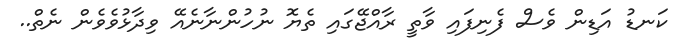
ކަނޑު އަޑިން ވެސް ފެނިފައި ވާތީ ރާއްޖޭގައި ތެޔޮ ނުހުންނާނެއޭ ވިދާޅުވެވެން ނެތް..